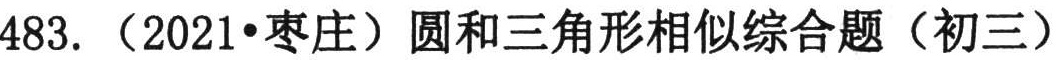
483. （2021•枣庄）圆和三角形相似综合题（初三）